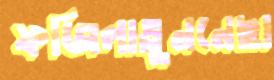
ফজিলাতুননেছা